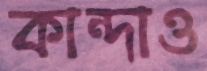
কান্দাও